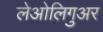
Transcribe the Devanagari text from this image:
लेओलिगुअर